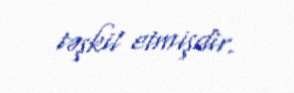
təşkil etmişdir.